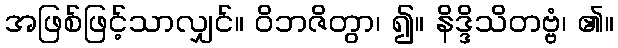
အဖြစ်ဖြင့်သာလျှင်။ ဝိဘဇိတွာ၊ ၍။ နိဒ္ဒိသိတဗ္ဗံ၊ ၏။